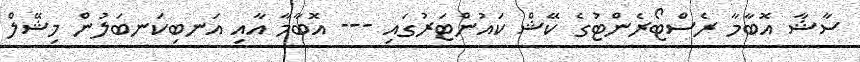
ސާޝާ އޮބާމާ ރެސްޓޯރެންޓުގެ ކޭޝް ކައުންޓަރުގައި --- އޮބާމާ އާއި އަނބިކަނބަލުން މިޝޭލް